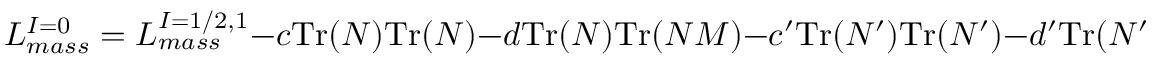
{ \cal L } _ { m a s s } ^ { I = 0 } = { \cal L } _ { m a s s } ^ { I = 1 / 2 , 1 } - c \mathrm { T r } ( N ) \mathrm { T r } ( N ) - d \mathrm { T r } ( N ) \mathrm { T r } ( N { \cal M } ) - c ^ { \prime } \mathrm { T r } ( N ^ { \prime } ) \mathrm { T r } ( N ^ { \prime } ) - d ^ { \prime } \mathrm { T r } ( N ^ { \prime } ) \mathrm { T r } ( N ^ { \prime } { \cal M } ) - g G ^ { 2 }